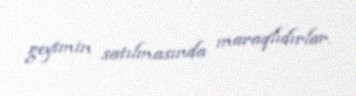
geyimin satılmasında maraqlıdırlar.